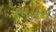
શાયરા